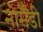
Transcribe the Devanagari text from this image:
नोर्मैंडी